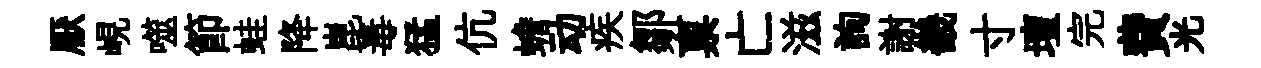
厭峴噬節蛙降崑毒猛伉蟾动疾鄒禀亡滋詢謝畿寸壇完費光